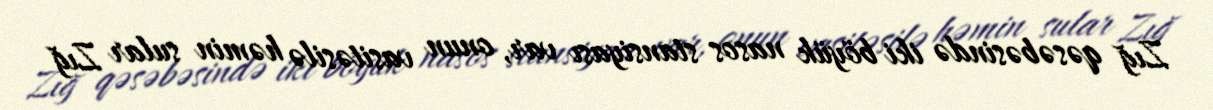
Zığ qəsəbəsində iki böyük nasos stansiyası var, onun vasitəsilə həmin sular Zığ